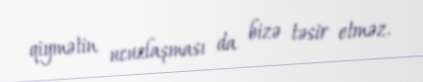
qiymətin ucuzlaşması da bizə təsir etməz.